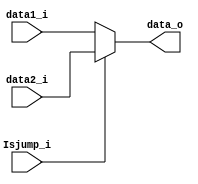
module mux2(
	data1_i, //mux1.data_o
	data2_i, //jump_addr
	Isjump_i,
	data_o   
);
input	[31:0]		data1_i;
input	[31:0]		data2_i;
input				Isjump_i;
output reg [31:0]	data_o;

always@(*)begin
	if(Isjump_i)
		data_o = data2_i;
	else
		data_o = data1_i;
end

endmodule